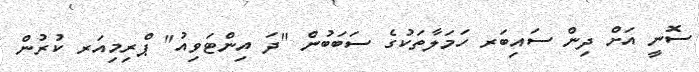
ސޮނީ އަށް ދިން ސައިބަރ ހަމަލާތަކުގެ ސަބަބުން "ދަ އިންޓަވިއު" ޕްރިމިއަރ ކުރުން